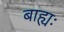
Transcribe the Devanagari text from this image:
बाह्यः